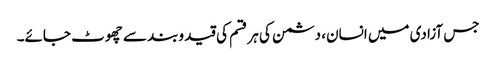
جس آزادی میں انسان، دشمن کی ہر قسم کی قید وبند سے چھوٹ جائے۔